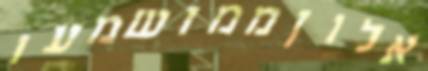
אלוןממושמעו